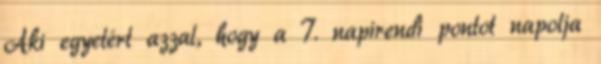
Aki egyetért azzal, hogy a 7. napirendi pontot napolja